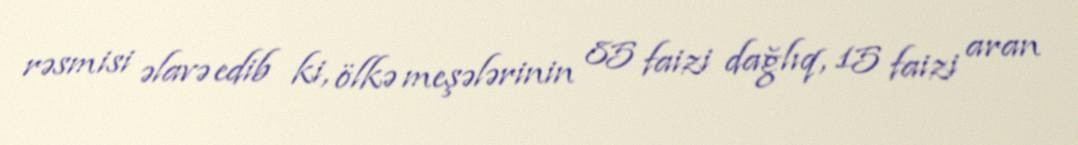
rəsmisi əlavə edib ki, ölkə meşələrinin 85 faizi dağlıq, 15 faizi aran